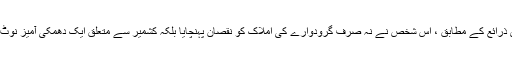
ہندوستانی سرکاری ذرائع کے مطابق ، اس شخص نے نہ صرف گرودوارے کی املاک کو نقصان پہنچایا بلکہ کشمیر سے متعلق ایک دھمکی آمیز نوٹ بھی چھوڑ گیا تھا۔